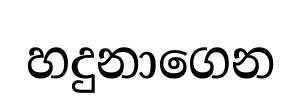
හදුනාගෙන